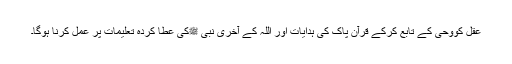
عقل کووحی کے تابع کرکے قرآن پاک کی ہدایات اور اللہ کے آخری نبی ﷺکی عطا کردہ تعلیمات پر عمل کرنا ہوگا۔